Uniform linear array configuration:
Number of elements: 16
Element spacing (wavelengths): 0.25
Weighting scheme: hann
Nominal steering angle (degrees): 15
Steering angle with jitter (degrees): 13.882
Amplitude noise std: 0.05
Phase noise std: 0.05

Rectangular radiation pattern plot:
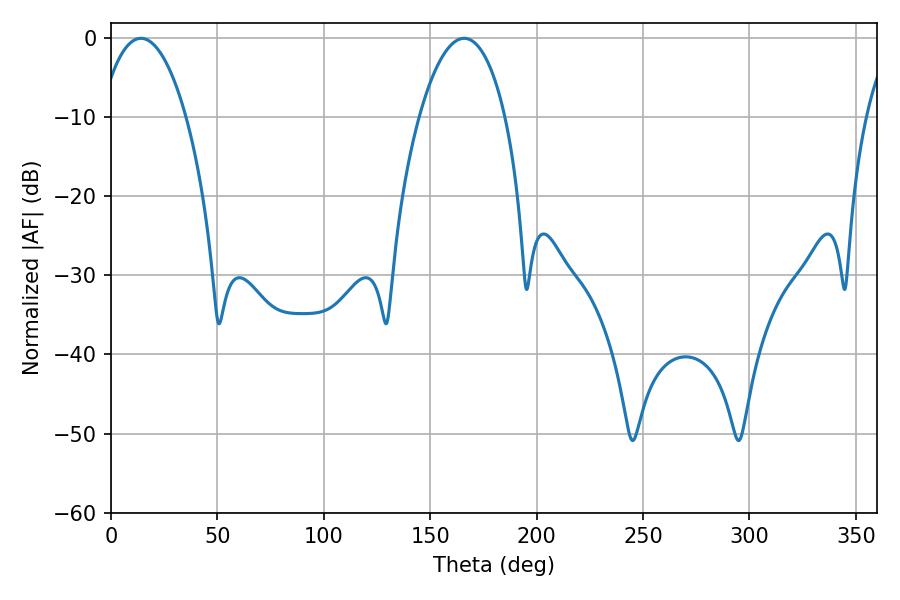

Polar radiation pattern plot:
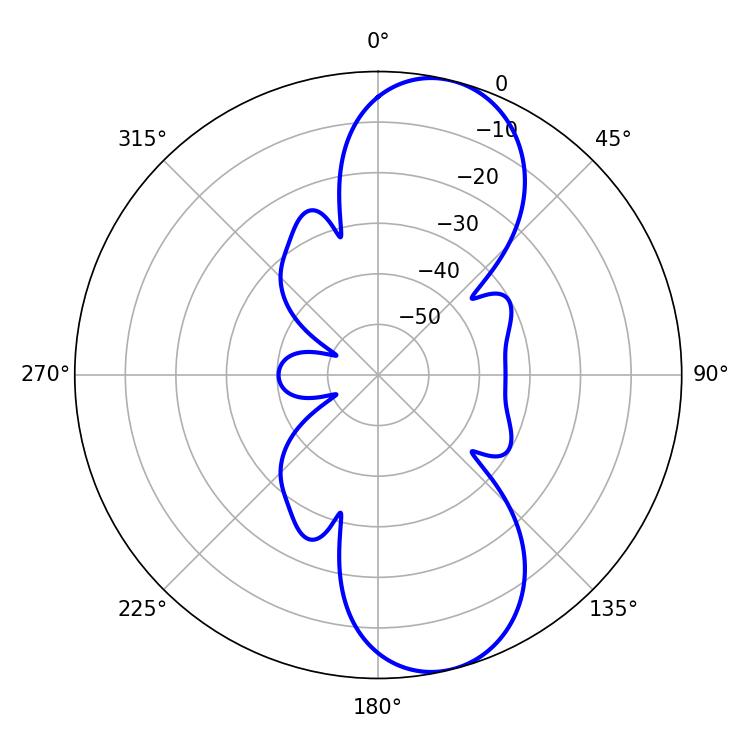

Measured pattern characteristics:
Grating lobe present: FALSE
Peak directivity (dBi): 9.818
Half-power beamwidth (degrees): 22.68
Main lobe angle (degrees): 14.04